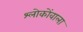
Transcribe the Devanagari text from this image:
श्लोकोंवाला